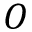
O